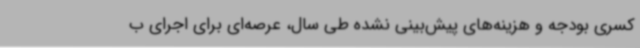
کسری بودجه و هزینه‌های پیش‌بینی نشده طی سال، عرصه‌ای برای اجرای ب